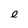
Character: e